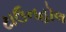
ટાઉનહૉલ